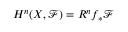
H ^ { n } ( X , { \mathcal { F } } ) = R ^ { n } f _ { * } { \mathcal { F } }